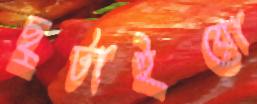
ছুটাইয়ো